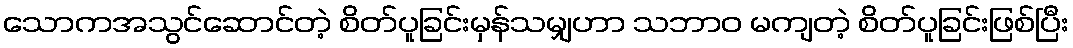
သောကအသွင်ဆောင်တဲ့ စိတ်ပူခြင်းမှန်သမျှဟာ သဘာဝ မကျတဲ့ စိတ်ပူခြင်းဖြစ်ပြီး